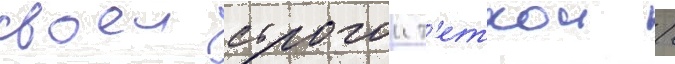
своеи строгои т'еткои /